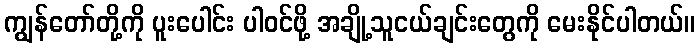
ကျွန်တော်တို့ကို ပူးပေါင်း ပါဝင်ဖို့ အချို့သူငယ်ချင်းတွေကို မေးနိုင်ပါတယ်။